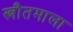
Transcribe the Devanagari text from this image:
स्त्रौतमाला